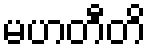
မဟတီတိ